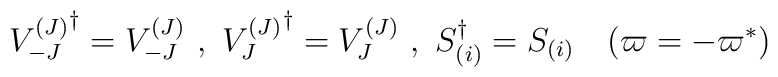
{V_{-J}^{(J)}}^{\dag} =V_{-J}^{(J)} \ , \ {V_J^{(J)}}^{\dag} =V_J^{(J)} \ ,\ S_{(i)}^{\dag} =S_{(i)} \quad (\varpi=-\varpi^\ast)